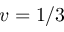
v = 1 / 3